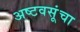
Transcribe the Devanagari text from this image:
अष्टवसूंचा